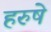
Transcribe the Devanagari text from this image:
हरुषे